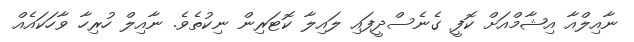
ނާއިލްއާ އިޝާމްއަށް ކޮފީ ގެނެސްދީފައި ލައިލާ ކޮޓަރިން ނިކުތެވެ. ނާއިލް ހުރިހާ ވާހަކައެއް